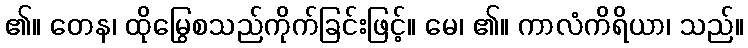
၏။ တေန၊ ထိုမြွေစသည်ကိုက်ခြင်းဖြင့်။ မေ၊ ၏။ ကာလံကိရိယာ၊ သည်။